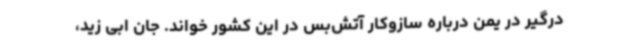
درگیر در یمن درباره سازوکار آتش‌بس در این کشور خواند. جان ابی زید،